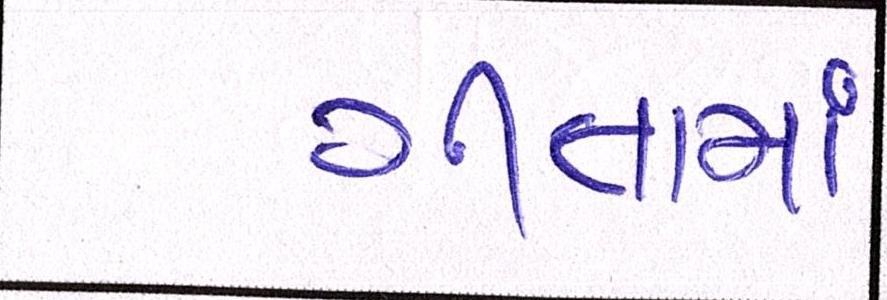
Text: ગીતામાં